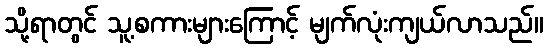
သို့ရာတွင် သူ့စကားများကြောင့် မျက်လုံးကျယ်လာသည်။